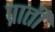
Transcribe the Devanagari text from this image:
प्राती